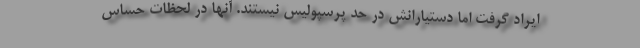
ایراد گرفت اما دستیارانش در حد پرسپولیس نیستند. آنها در لحظات حساس